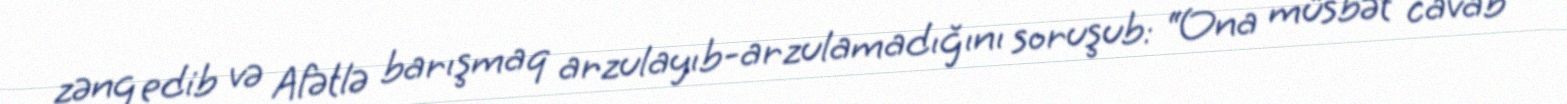
zəng edib və Afətlə barışmaq arzulayıb-arzulamadığını soruşub: “Ona müsbət cavab